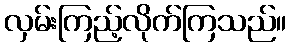
လှမ်းကြည့်လိုက်ကြသည်။